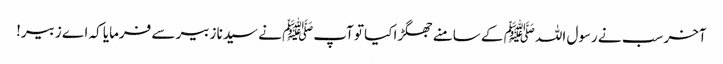
آخر سب نے رسول اللہﷺ کے سامنے جھگڑا کیا تو آپﷺ نے سیدنا زبیر سے فرمایا کہ اے زبیر!